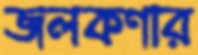
জলকণার